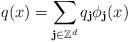
LaTeX: \begin{align*}q(x)=\sum_{\textbf{j}\in\mathbb{Z}^d}q_\textbf{j}\phi_\textbf{j}(x)\end{align*}